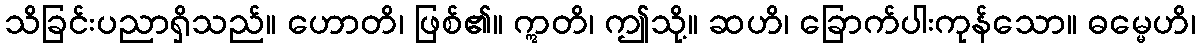
သိခြင်းပညာရှိသည်။ ဟောတိ၊ ဖြစ်၏။ ဣတိ၊ ဤသို့။ ဆဟိ၊ ခြောက်ပါးကုန်သော။ ဓမ္မေဟိ၊